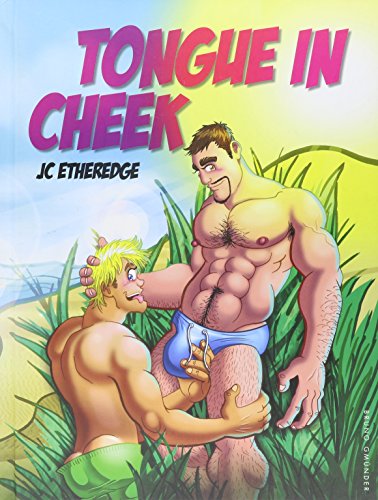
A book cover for Tongue in Cheek; Comics & Graphic Novels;